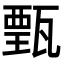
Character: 𤭾